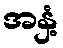
အနှံ့